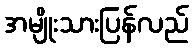
အမျိုးသားပြန်လည်